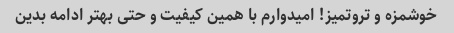
خوشمزه و تروتمیز! امیدوارم با همین کیفیت و حتی بهتر ادامه بدین